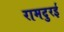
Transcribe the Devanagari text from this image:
रामदुरई